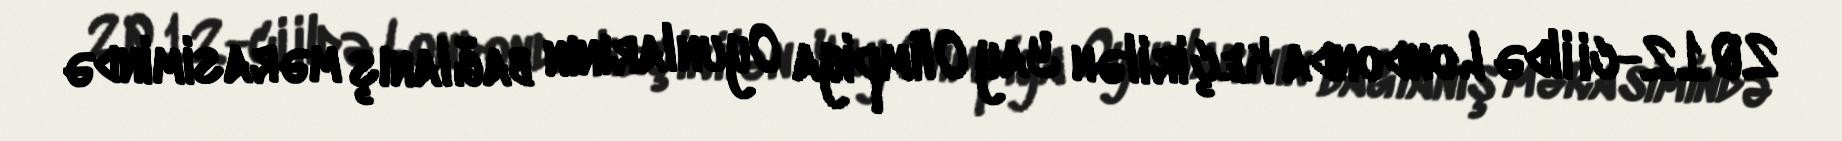
2012-ci ildə Londonda keçirilən Yay Olimpiya Oyunlarının bağlanış mərasimində